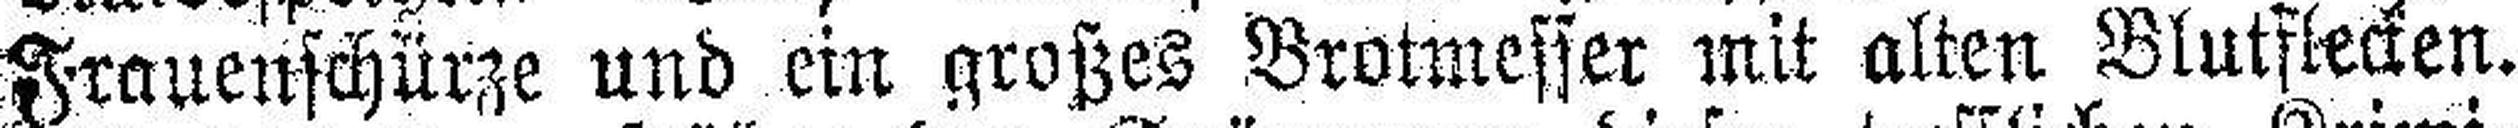
Frauenschürze und ein großes Brotmesser mit alten Blutflecken.